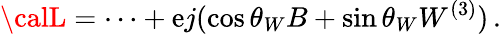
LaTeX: {\calL}=\cdots+\mathrm{e}j(\cos\theta_{W}B+\sin\theta_{W}W^{(3)})\, .